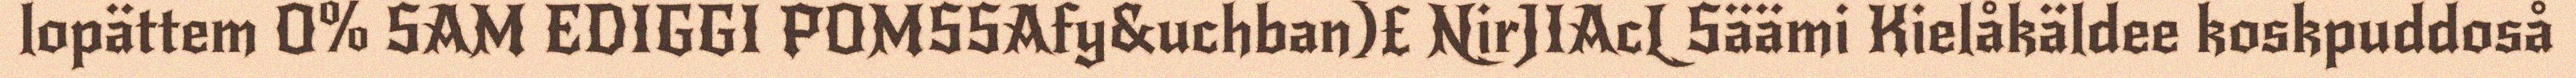
lopättem O% SAM EDIGGI POMSSAfy&uchban)£ NirJIAcL Säämi Kielåkäldee koskpuddoså